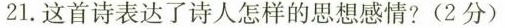
21.这首诗表达了诗人怎样的思想感情?(2分)